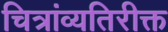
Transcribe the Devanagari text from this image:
चित्रांव्यतिरीक्त